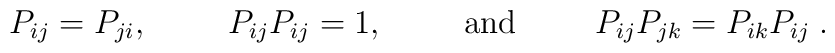
P_{ij}=P_{ji},\hspace{1cm}P_{ij}P_{ij}=1,\hspace{1cm}{\rm and}\hspace{1cm}P_{ij}P_{jk}=P_{ik}P_{ij}\;.